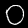
Label: 0